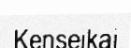
Kenseikai